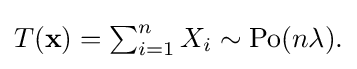
{\textstyle T(\mathbf {x} )=\sum _{i=1}^{n}X_{i}\sim \mathrm {Po} (n\lambda ).}